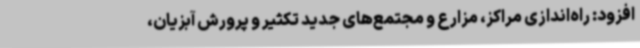
افزود: راه‌اندازی مراکز، مزارع و مجتمع‌های جدید تکثیر و پرورش آبزیان،